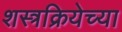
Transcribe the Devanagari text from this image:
शस्त्रक्रियेच्या